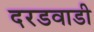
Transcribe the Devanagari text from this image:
दरडवाडी